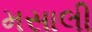
મસાલી